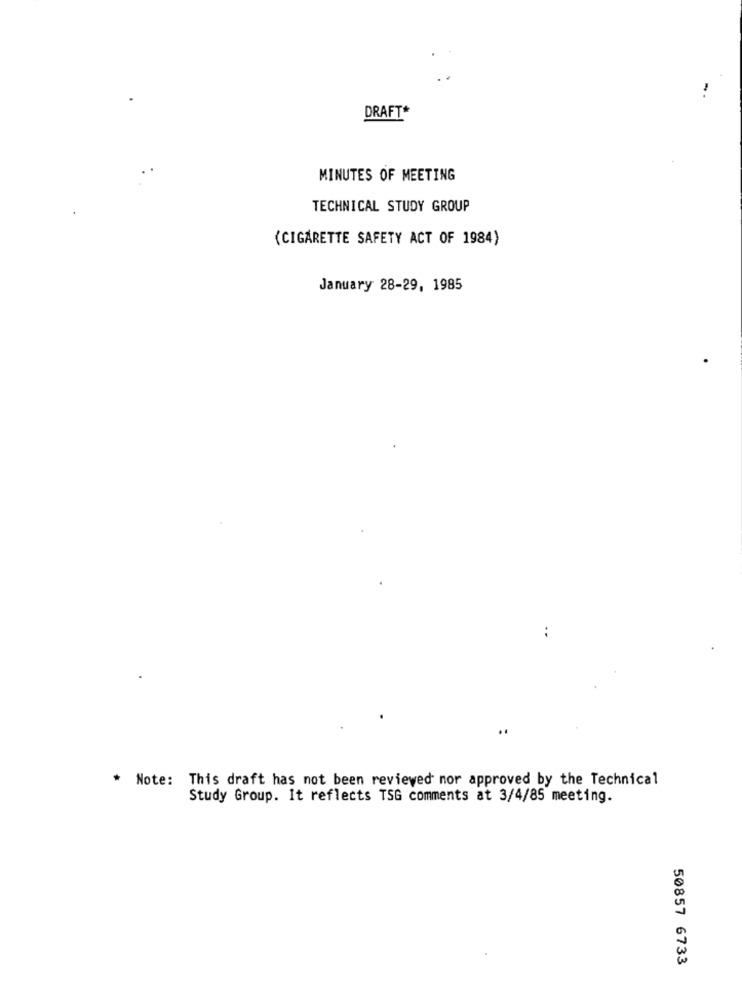
DRAFT*
MINUTES OF MEETING
TECHNICAL STUDY GROUP
(CIGARETTE SAFETY ACT OF 1984)
January 28-29, 1985
..
* Note: This draft has not been reviewed nor approved by the Technical
Study Group. It reflects TSG comments at 3/4/85 meeting.
50857 6733